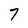
Character: 7